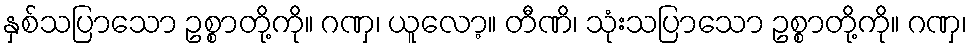
နှစ်သပြာသော ဥစ္စာတို့ကို။ ဂဏှ၊ ယူလော့။ တီဏိ၊ သုံးသပြာသော ဥစ္စာတို့ကို။ ဂဏှ၊